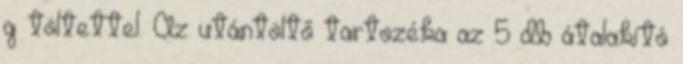
g töltettel. Az utántöltő tartozéka az 5 db átalakító